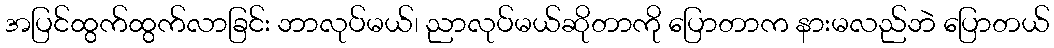
အပြင်ထွက်ထွက်လာခြင်း ဘာလုပ်မယ်၊ ညာလုပ်မယ်ဆိုတာကို ပြောတာက နားမလည်ဘဲ ပြောတယ်